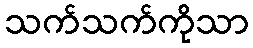
သက်သက်ကိုသာ